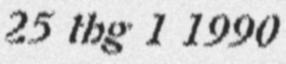
25 thg 1 1990